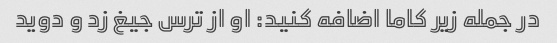
در جمله زیر کاما اضافه کنید: او از ترس جیغ زد و دوید